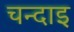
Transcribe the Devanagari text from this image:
चन्दाइ